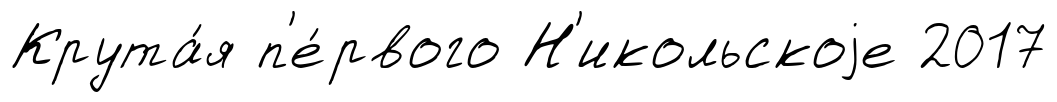
Крута́я п'е́рвого Н'икольскоjе 2017